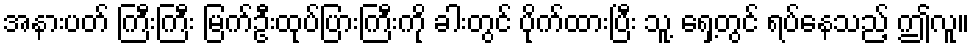
အနားပတ် ကြီးကြီး မြက်ဦးထုပ်ပြားကြီးကို ခါးတွင် ပိုက်ထားပြီး သူ့ ရှေ့တွင် ရပ်နေသည့် ဤလူ။